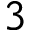
3